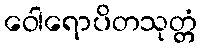
ဝေါရောပိတသုတ္တံ